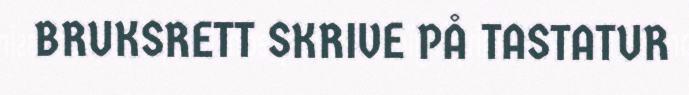
BRUKSRETT SKRIVE PÅ TASTATUR